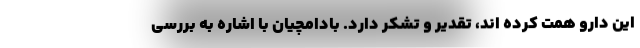
این دارو همت کرده اند، تقدیر و تشکر دارد. بادامچیان با اشاره به بررسی